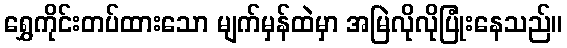
ရွှေကိုင်းတပ်ထားသော မျက်မှန်ထဲမှာ အမြဲလိုလိုပြုံးနေသည်။